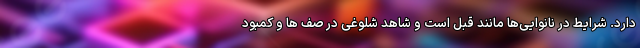
دارد. شرایط در نانوایی‌ها مانند قبل است و شاهد شلوغی در صف ها و کمبود